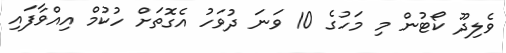
ވެލިދޫ ކޯޓުން މި މަހުގެ 10 ވަނަ ދުވަހު އެގޮތަށް ހުކުމް އިއްވާފައި